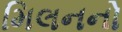
મિલનનો